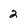
Character: 2